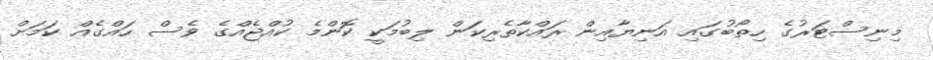
މިނިސްޓަރުގެ ހިތޯބުގައި އަނިޔާއިން ރައްކާތެރިކަން ލިބުމަކީ ކޮންމެ ކުއްޖެއްގެ ވެސް ހައްގެއް ކަމަށް